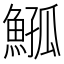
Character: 𩸰